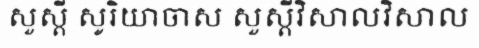
សួស្តី សូរិយាចាស សួស្តីវិសាលវិសាល